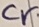
Text: Cr